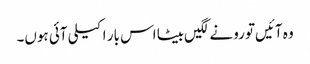
وہ آئیں‌تو رونے لگیں‌بیٹا اس بار اکیلی آئی ہوں۔